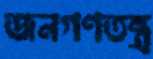
জনগণতন্ত্র